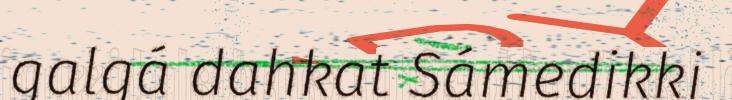
galgá dahkat Sámedikki